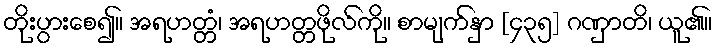
တိုးပွားစေ၍။ အရဟတ္တံ၊ အရဟတ္တဖိုလ်ကို။ စာမျက်နှာ [၄၃၅] ဂဏှာတိ၊ ယူ၏။